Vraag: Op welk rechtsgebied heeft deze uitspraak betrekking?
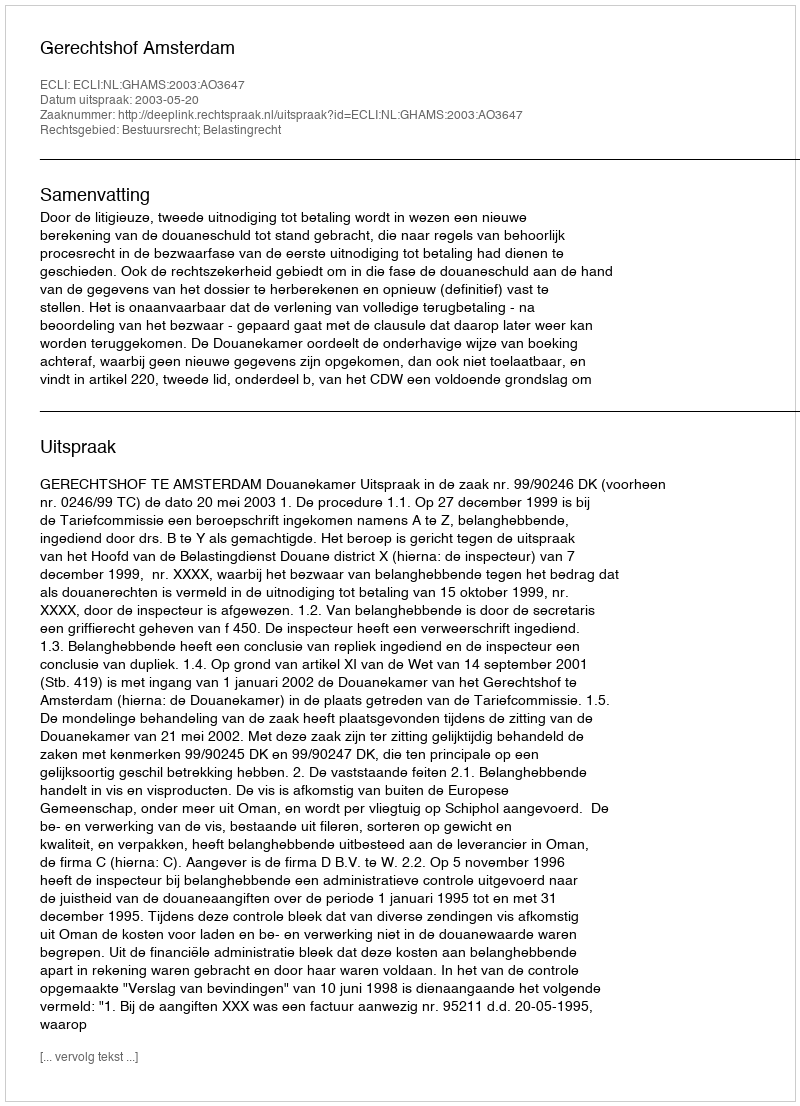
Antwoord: Bestuursrecht; Belastingrecht